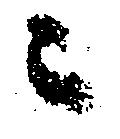
ニ